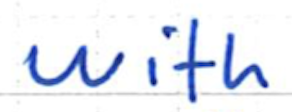
Text: with
Cross-out: clean
Writing tool: ballpoint